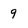
Character: 9